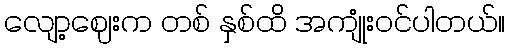
လျော့ဈေးက တစ် နှစ်ထိ အကျုံးဝင်ပါတယ်။